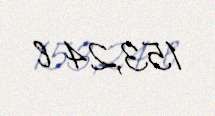
153,24 l